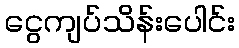
ငွေကျပ်သိန်းပေါင်း